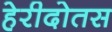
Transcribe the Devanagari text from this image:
हेरीदोतस